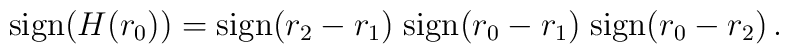
\mathrm{sign} (H(r_0)) = \mathrm{sign}(r_2-r_1) \;\mathrm{sign}(r_0-r_1) \; \mathrm{sign}(r_0-r_2) \,.